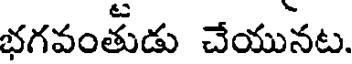
భగవంతుడు చేయునట.